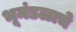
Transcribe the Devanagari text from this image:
भूमंडळाचे